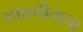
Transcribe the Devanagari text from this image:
भावगीताचा